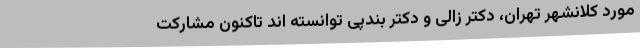
مورد کلانشهر تهران، دکتر زالی و دکتر بندپی توانسته اند تاکنون مشارکت